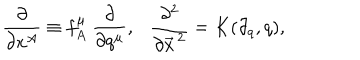
\frac { \partial } { \partial x ^ { A } } \equiv f _ { A } ^ { \mu } ~ \frac { \partial } { \partial q ^ { \mu } } , \frac { \partial ^ { 2 } } { \partial \vec { x } ^ { \, 2 } } = K ( \partial _ { q } , q ) ,